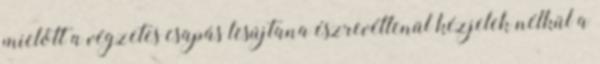
mielőtt a végzetes csapás lesújtana észrevétlenül kézjelek nélkül a